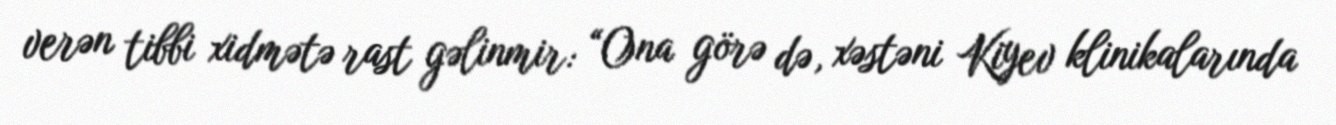
verən tibbi xidmətə rast gəlinmir: “Ona görə də, xəstəni Kiyev klinikalarında